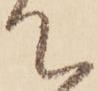
て